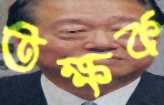
তক্ষক